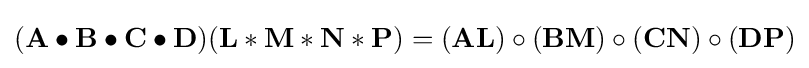
(\mathbf {A} \bullet \mathbf {B} \bullet \mathbf {C} \bullet \mathbf {D} )(\mathbf {L} \ast \mathbf {M} \ast \mathbf {N} \ast \mathbf {P} )=(\mathbf {A} \mathbf {L} )\circ (\mathbf {B} \mathbf {M} )\circ (\mathbf {C} \mathbf {N} )\circ (\mathbf {D} \mathbf {P} )